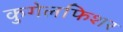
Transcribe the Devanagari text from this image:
कुगेलफिशर